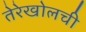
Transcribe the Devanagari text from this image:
तेरेखोलची